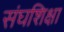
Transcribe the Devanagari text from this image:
संघशिक्षा